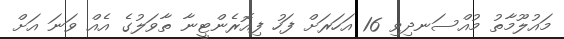
މައުލޫމާތު މުއްސަނދިވި 16 އަހަރަށް ފަހު ފިއޮރެންޓީނާ ތާވަލުގެ އެއް ވަނަ އަށް